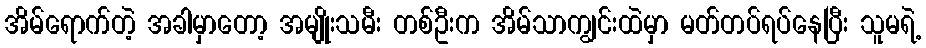
အိမ်ရောက်တဲ့ အခါမှာတော့ အမျိုးသမီး တစ်ဦးက အိမ်သာကျွင်းထဲမှာ မတ်တပ်ရပ်နေပြီး သူမရဲ့